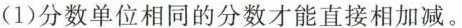
(1)分数单位相同的分数才能直接相加减。